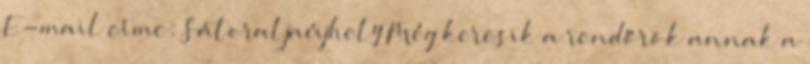
E-mail címe: Sátoraljaújhely Még keresik a rendőrök annak a